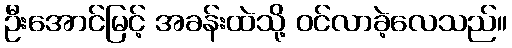
ဦးအောင်မြင့် အခန်းထဲသို့ ဝင်လာခဲ့လေသည်။